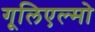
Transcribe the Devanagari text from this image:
गूलिएल्मो